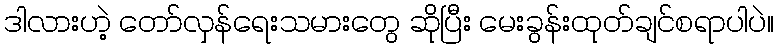
ဒါလားဟဲ့ တော်လှန်ရေးသမားတွေ ဆိုပြီး မေးခွန်းထုတ်ချင်စရာပါပဲ။